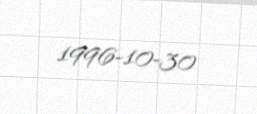
1996-10-30